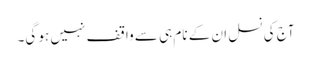
آج کی نسل ان کے نام ہی سے واقف نہیں ہو گی۔